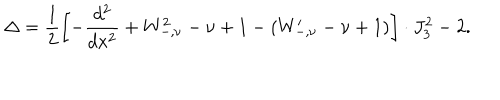
\Delta = \frac { 1 } { 2 } \left[ - \frac { d ^ { 2 } } { d x ^ { 2 } } + W _ { - , \nu } ^ { 2 } - \nu + 1 - ( W _ { - , \nu } ^ { \prime } - \nu + 1 ) \right] \cdot J _ { 3 } ^ { 2 } - 2 .